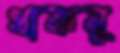
থাকমু